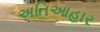
અતિઆહાર